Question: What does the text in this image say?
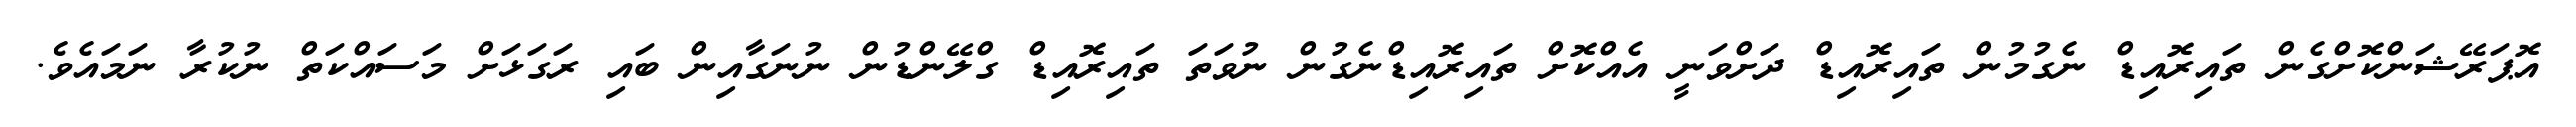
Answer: އޮޕަރޭޝަންކޮށްގެން ތައިރޮއިޑް ނެގުމުން ތައިރޮއިޑް ދަށްވަނީ އެއްކޮށް ތައިރޮއިޑްނެގުން ނުވަތަ ތައިރޮއިޑް ގްލޭންޑުން ނުނަގާއިން ބައި ރަގަޅަށް މަސައްކަތް ނުކުރާ ނަމައެވެ.